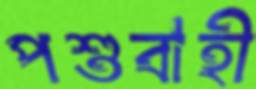
পশুবাহী